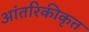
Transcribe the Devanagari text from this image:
आंतरिकीकृत